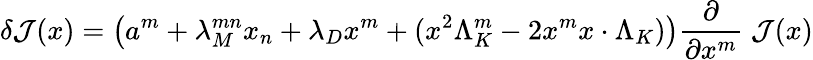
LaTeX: \delta{\cal J}(x)=\left(a^{m}+\lambda_{M}^{mn}x_{n}+\lambda_{D}x^{m}+(x^{2}\Lambda_{K}^{m}-2x^{m}x\cdot\Lambda_{K})\right){\frac{\partial}{\partial x^{m}}}\; {\cal J}(x)